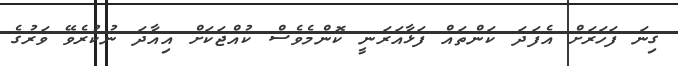
ގިނަ ފަހަރަށް އެފަދަ ކަންތައް ފަޅާއަރަނީ ކޮންމެވެސް ކުއްޖަކަށް އިއާދަ ނުކުރެވޭ ވަރުގެ